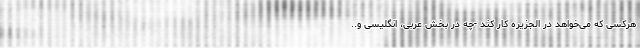
هرکسی که می‌خواهد در الجزیره کار کند -چه در بخش عربی، انگلیسی و..